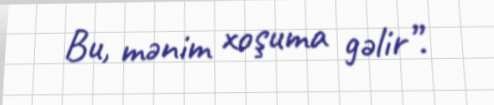
Bu, mənim xoşuma gəlir”.